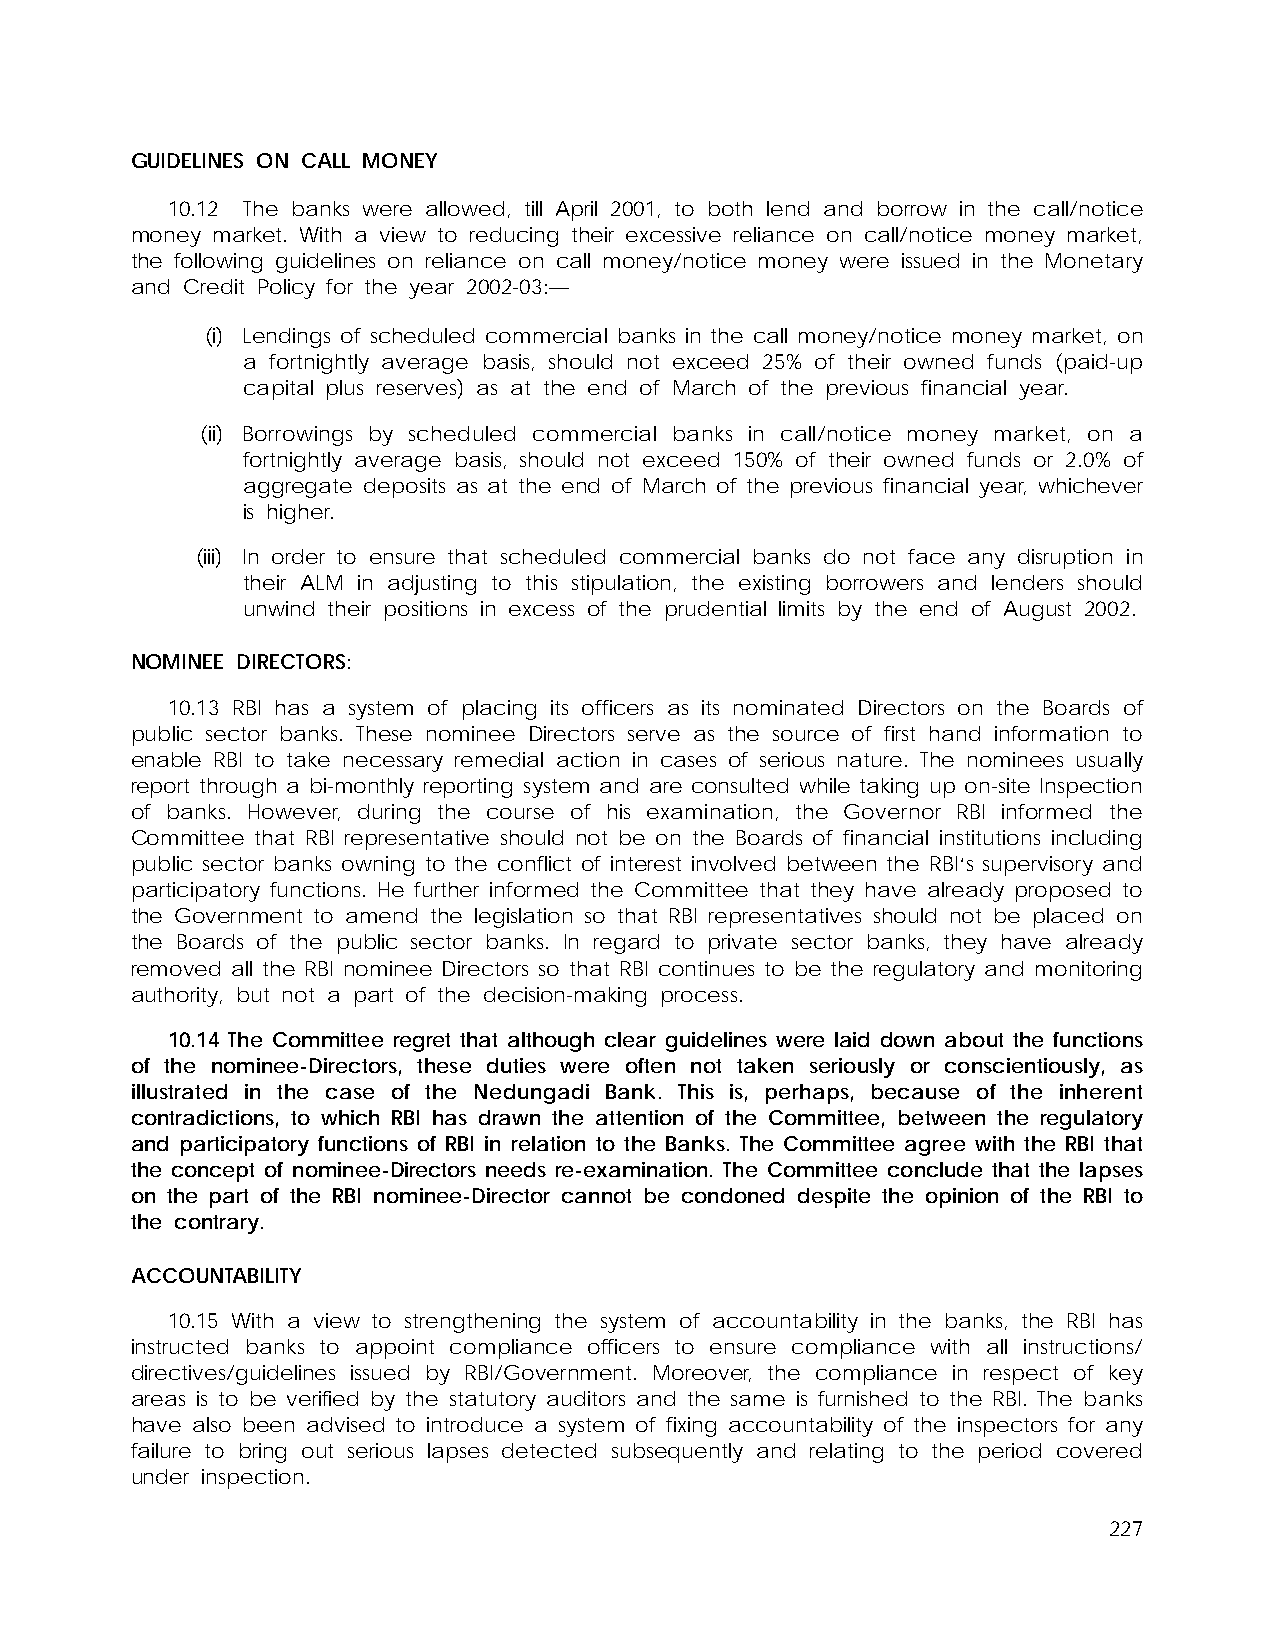
GUIDELINES ON CALL MONEY
 10.12 The banks were allowed, till April 2001, to both lend and borrow in the call/notice
 money market. With a view to reducing their excessive reliance on call/notice money market,
 the following guidelines on reliance on call money/notice money were issued in the Monetary
 and Credit Policy for the year 2002-03:—
 (i) Lendings of scheduled commercial banks in the call money/notice money market, on
 a fortnightly average basis, should not exceed 25% of their owned funds (paid-up
 capital plus reserves) as at the end of March of the previous financial year.
 (ii) Borrowings by scheduled commercial banks in call/notice money market, on a
 fortnightly average basis, should not exceed 150% of their owned funds or 2.0% of
 aggregate deposits as at the end of March of the previous financial year, whichever
 is higher.
 (iii) In order to ensure that scheduled commercial banks do not face any disruption in
 their ALM in adjusting to this stipulation, the existing borrowers and lenders should
 unwind their positions in excess of the prudential limits by the end of August 2002.
 NOMINEE DIRECTORS:
 10.13 RBI has a system of placing its officers as its nominated Directors on the Boards of
 public sector banks. These nominee Directors serve as the source of first hand information to
 enable RBI to take necessary remedial action in cases of serious nature. The nominees usually
 report through a bi-monthly reporting system and are consulted while taking up on-site Inspection
 of banks. However, during the course of his examination, the Governor RBI informed the
 Committee that RBI representative should not be on the Boards of financial institutions including
 public sector banks owning to the conflict of interest involved between the RBI‘s supervisory and
 participatory functions. He further informed the Committee that they have already proposed to
 the Government to amend the legislation so that RBI representatives should not be placed on
 the Boards of the public sector banks. In regard to private sector banks, they have already
 removed all the RBI nominee Directors so that RBI continues to be the regulatory and monitoring
 authority, but not a part of the decision-making process.
 10.14 The Committee regret that although clear guidelines were laid down about the functions
 of the nominee-Directors, these duties were often not taken seriously or conscientiously, as
 illustrated in the case of the Nedungadi Bank. This is, perhaps, because of the inherent
 contradictions, to which RBI has drawn the attention of the Committee, between the regulatory
 and participatory functions of RBI in relation to the Banks. The Committee agree with the RBI that
 the concept of nominee-Directors needs re-examination. The Committee conclude that the lapses
 on the part of the RBI nominee-Director cannot be condoned despite the opinion of the RBI to
 the contrary.
 ACCOUNTABILITY
 10.15 With a view to strengthening the system of accountability in the banks, the RBI has
 instructed banks to appoint compliance officers to ensure compliance with all instructions/
 directives/guidelines issued by RBI/Government. Moreover, the compliance in respect of key
 areas is to be verified by the statutory auditors and the same is furnished to the RBI. The banks
 have also been advised to introduce a system of fixing accountability of the inspectors for any
 failure to bring out serious lapses detected subsequently and relating to the period covered
 under inspection.
 227